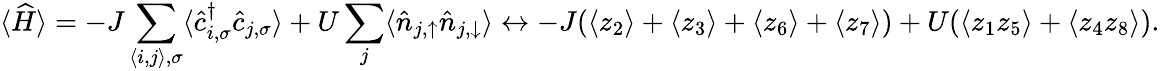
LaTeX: \langle\widehat{H}\rangle=-J\sum_{{\left\langle i,j\right\rangle},\sigma}\langle\hat{c}_{{i},\sigma}^{\dagger}\hat{c}_{{j},\sigma}\rangle+U\sum_{{j}}\langle\hat{n}_{{j},\uparrow}\hat{n}_{{j},\downarrow}\rangle\leftrightarrow-J(\langle z_{2}\rangle+\langle z_{3}\rangle+\langle z_{6}\rangle+\langle z_{7}\rangle)+U(\langle z_{1}z_{5}\rangle+\langle z_{4}z_{8}\rangle).